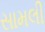
સામલી